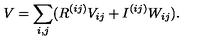
V = \sum _ { i , j } ( R ^ { ( i j ) } V _ { i j } + I ^ { ( i j ) } W _ { i j } ) .